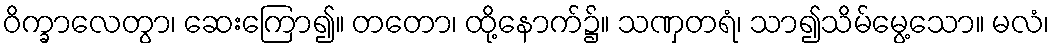
ဝိက္ခာလေတွာ၊ ဆေးကြော၍။ တတော၊ ထို့နောက်၌။ သဏှတရံ၊ သာ၍သိမ်မွေ့သော။ မလံ၊